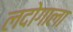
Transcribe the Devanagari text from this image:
लदोगाला